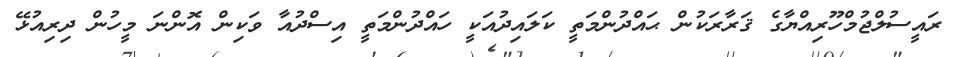
ރައީސުލްޖުމްހޫރިއްޔާގެ ޤަރާރަކުން ޙައްދުންމަތީ ކަލައިދުއަކީ ހައްދުންމަތީ އިސްދުއާ ވަކިން އޮންނަ މީހުން ދިރިއުޅޭ